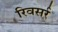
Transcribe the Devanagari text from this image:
रिवसर्र